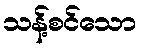
သန့်စင်သော